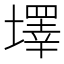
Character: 墿